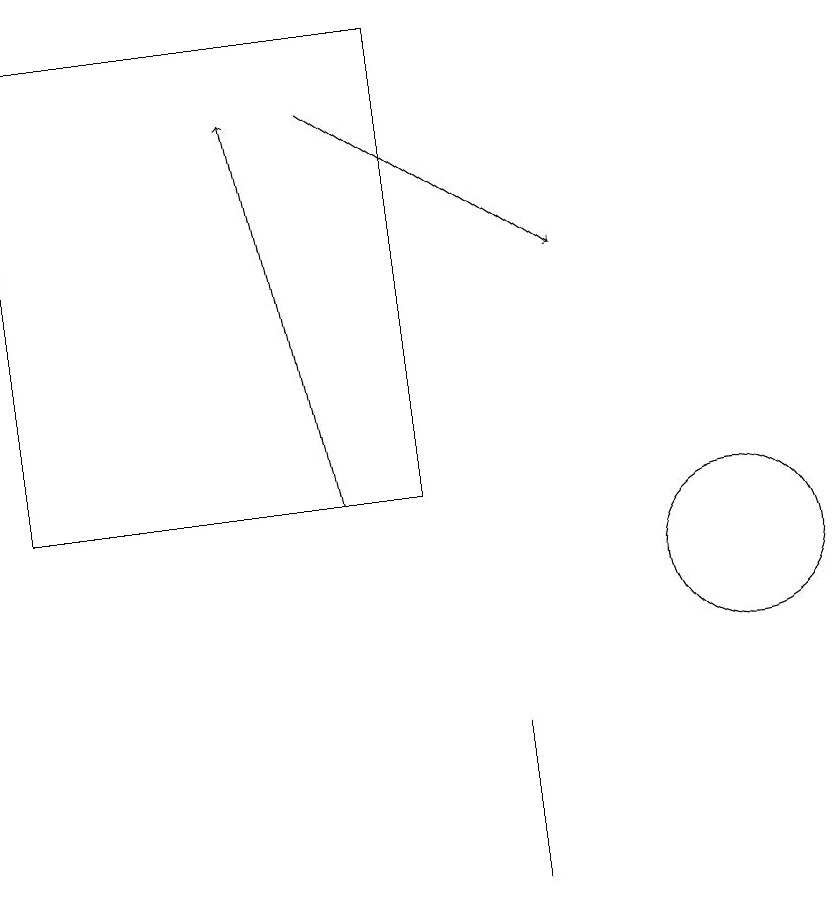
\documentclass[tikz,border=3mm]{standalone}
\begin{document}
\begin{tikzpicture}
\draw (7,7) -- (7,9) -- (7,9) -- cycle;
\draw[->] (5,17) -- (8,15);
\draw (6,12) rectangle (1,18);
\draw (10,11) circle (1);
\draw[->] (5,12) -- (4,17);
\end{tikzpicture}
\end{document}